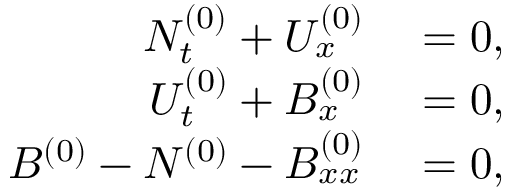
\begin{array} { r l } { N _ { t } ^ { ( 0 ) } + U _ { x } ^ { ( 0 ) } } & { { } = 0 , } \\ { U _ { t } ^ { ( 0 ) } + B _ { x } ^ { ( 0 ) } } & { { } = 0 , } \\ { B ^ { ( 0 ) } - N ^ { ( 0 ) } - B _ { x x } ^ { ( 0 ) } } & { { } = 0 , } \end{array}